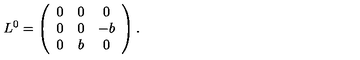
L ^ { 0 } = \left( \begin{array} { c c c } { 0 } & { 0 } & { 0 } \\ { 0 } & { 0 } & { - b } \\ { 0 } & { b } & { 0 } \\ \end{array} \right) .